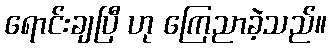
ရောင်းချပြီ ဟု ကြေညာခဲ့သည်။